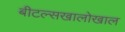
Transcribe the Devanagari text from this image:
बीटल्सखालोखाल